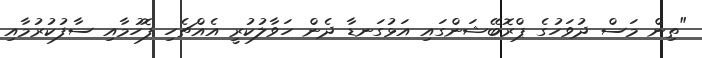
"ތިން މަސް ދުވަހުގެ ޕްރޮބޭޝަންގައި އަޅުގަނޑާ ދެން ހަވާލުކުރީ އެއްޗެހި ފޮހުމާއި ސާފުކުރުމާއި